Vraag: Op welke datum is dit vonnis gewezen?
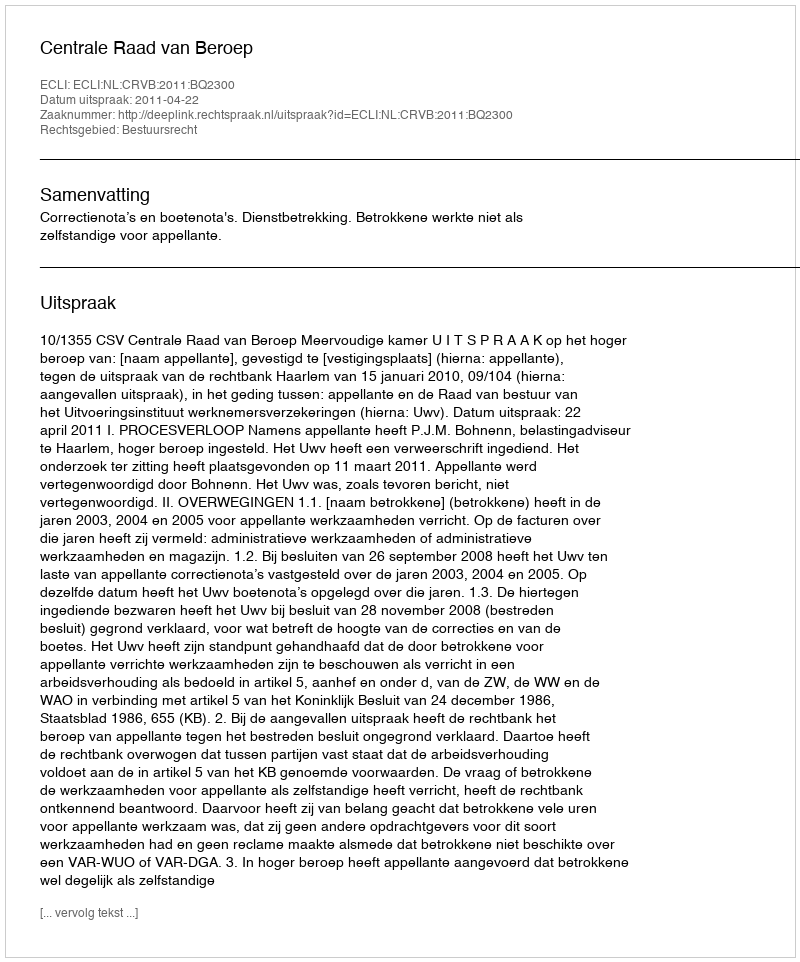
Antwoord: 2011-04-22